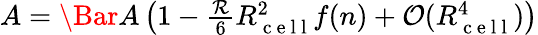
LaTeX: \begin{array}{r}{A=\Bar{A}\left(1-\frac{\mathcal{R}}{6}R_{\mathrm{~c~e~l~l~}}^{2}f(n)+\mathcal{O}(R_{\mathrm{~c~e~l~l~}}^{4})\right)}\end{array}